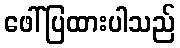
ဖေါ်ပြထားပါသည်